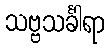
သဗ္ဗသင်္ခါရာ